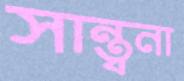
সান্ত্বনা